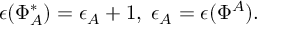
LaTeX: \epsilon ( \Phi _ { A } ^ { * } ) = \epsilon _ { A } + 1 , \; \epsilon _ { A } = \epsilon ( \Phi ^ { A } ) .